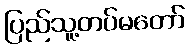
ပြည်သူ့တပ်မတော်